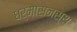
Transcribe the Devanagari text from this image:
धर्मासनस्थ